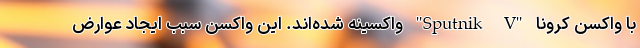
با واکسن کرونا "Sputnik V" واکسینه شده‌اند. این واکسن سبب ایجاد عوارض